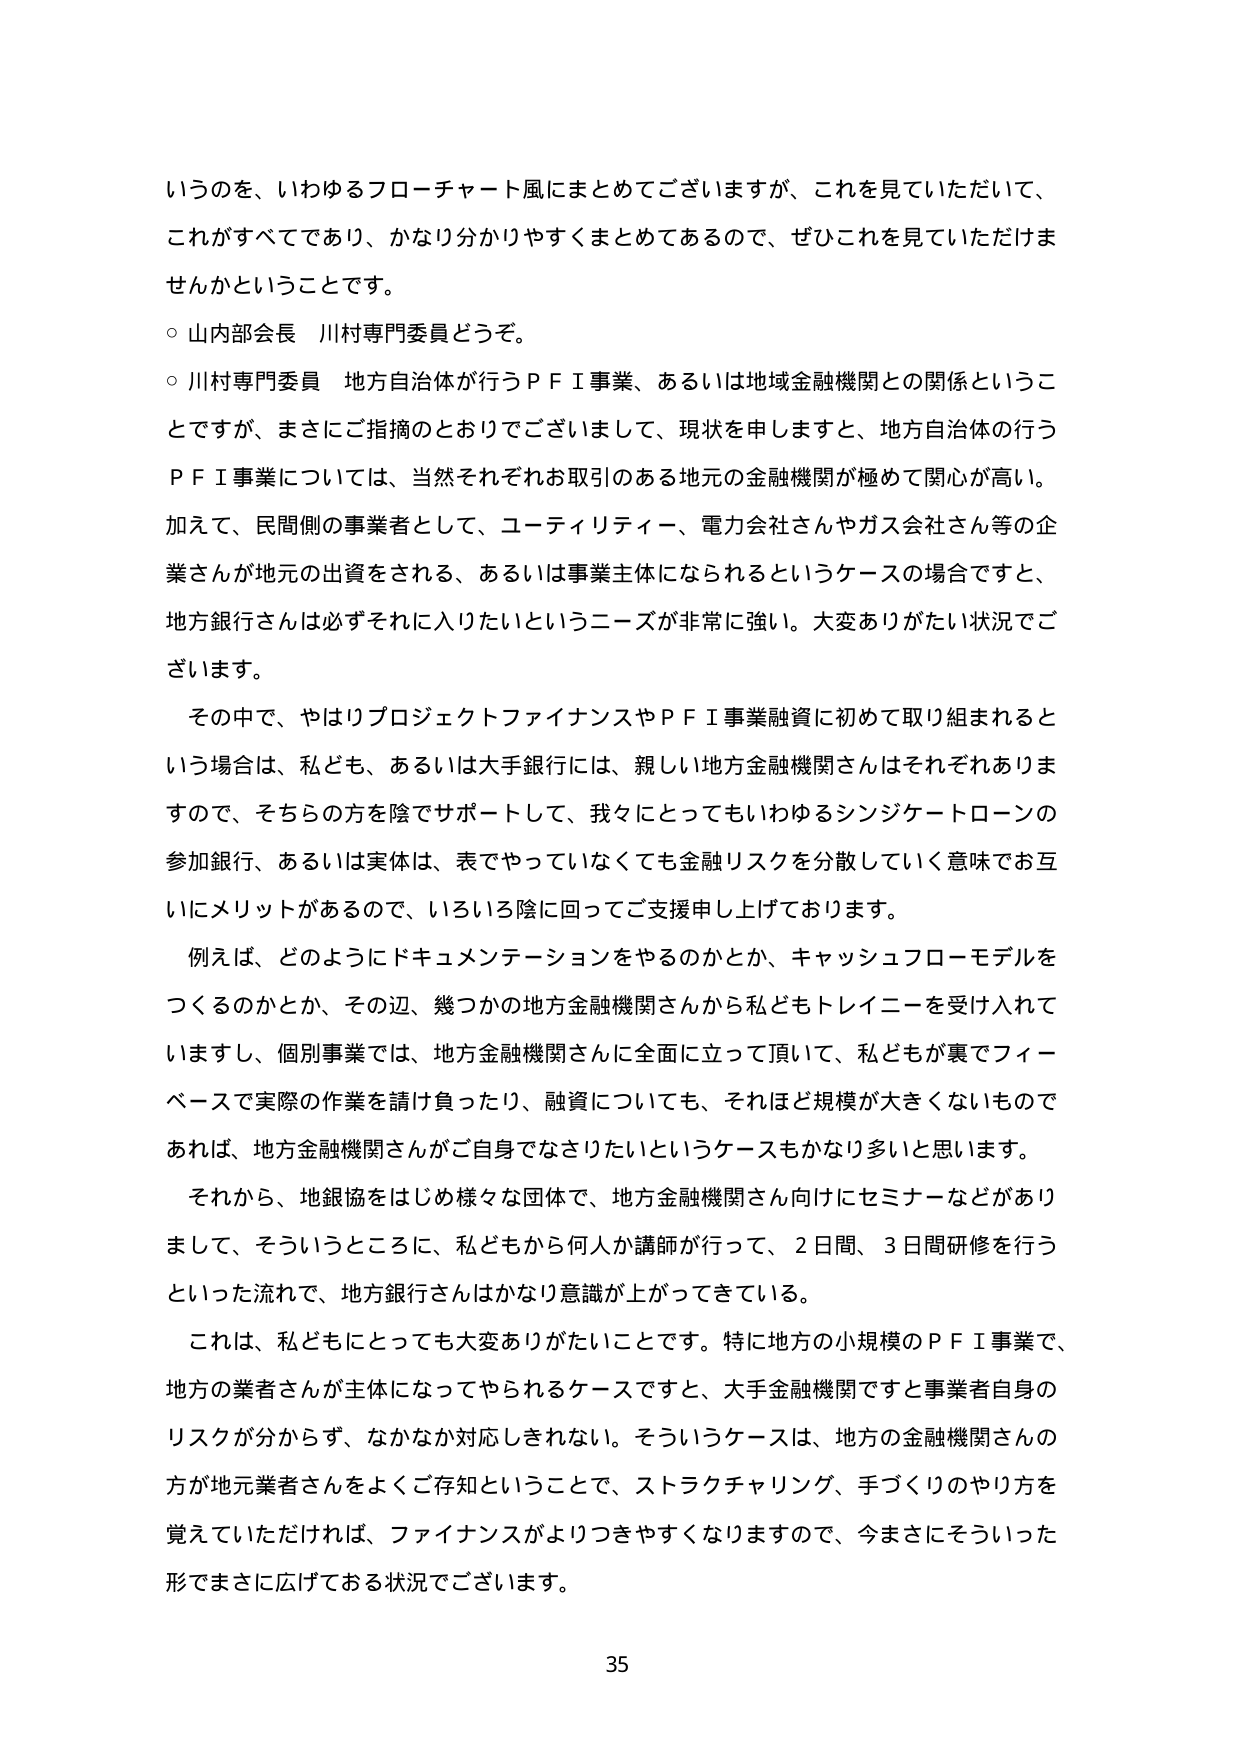
いうのを、いわゆるフローチャート風にまとめてございますが、これを見ていただいて、
これがすべてであり、かなり分かりやすくまとめてあるので、ぜひこれを見ていただけま
せんかということです。
○ 山内部会長 川村専門委員どうぞ。
○ 川村専門委員 地方自治体が行うＰＦＩ事業、あるいは地域金融機関との関係というこ
とですが、まさにご指摘のとおりでございまして、現状を申しますと、地方自治体の行う
ＰＦＩ事業については、当然それぞれお取引のある地元の金融機関が極めて関心が高い。
加えて、民間側の事業者として、ユーティリティー、電力会社さんやガス会社さん等の企
業さんが地元の出資をされる、あるいは事業主体になられるというケースの場合ですと、
地方銀行さんは必ずそれに入りたいというニーズが非常に強い。大変ありがたい状況でご
ざいます。
　その中で、やはりプロジェクトファイナンスやＰＦＩ事業融資に初めて取り組まれると
いう場合は、私ども、あるいは大手銀行には、親しい地方金融機関さんはそれぞれありま
すので、そちらの方を陰でサポートして、我々にとってもいわゆるシンジケートローンの
参加銀行、あるいは実体は、表でやっていなくても金融リスクを分散していく意味でお互
いにメリットがあるので、いろいろ陰に回ってご支援申し上げております。
　例えば、どのようにドキュメンテーションをやるのかとか、キャッシュフローモデルを
つくるのかとか、その辺、幾つかの地方金融機関さんから私どもトレineeを受け入れて
いますし、個別事業では、地方金融機関さんに全面に立って頂いて、私どもが裏でフィー
ベースで実際の作業を請け負ったり、融資についても、それほど規模が大きくないもので
あれば、地方金融機関さんがご自身でなさりたいというケースもかなり多いと思います。
　それから、地銀協をはじめ様々な団体で、地方金融機関さん向けにセミナーなどがあり
まして、そういうところに、私どもから何人か講師が行って、2日間、3日間研修を行う
といった流れで、地方銀行さんはかなり意識が上がってきている。
　これは、私どもにとっても大変ありがたいことです。特に地方の小規模のＰＦＩ事業で、
地方の業者さんが主体になってやられるケースですと、大手金融機関ですと事業者自身の
リスクが分からず、なかなか対応しきれない。そういうケースは、地方の金融機関さんの
方が地元業者さんをよくご存知ということで、ストラクチャリング、手づくりのやり方を
覚えていただければ、ファイナンスがよりつきやすくなりますので、今まさにそういった
形でまさに広げておる状況でございます。
35